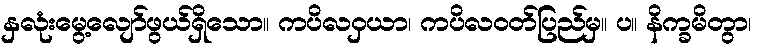
နှလုံးမွေ့လျော်ဖွယ်ရှိသော။ ကပိလဝှယာ၊ ကပိလဝတ်ပြည်မှ။ ပ။ နိက္ခမိတွာ၊